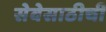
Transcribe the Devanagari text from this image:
सेवेसाठीची